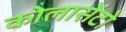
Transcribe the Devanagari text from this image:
कोलासेंटो